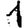
Digit: 1